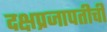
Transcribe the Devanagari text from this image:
दक्षप्रजापतीची